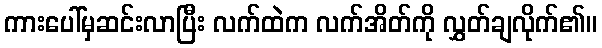
ကားပေါ်မှဆင်းလာပြီး လက်ထဲက လက်အိတ်ကို လွှတ်ချလိုက်၏။